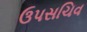
ઉપસચિવ